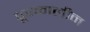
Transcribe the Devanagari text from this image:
पूरकालीन